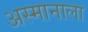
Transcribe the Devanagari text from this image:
अस्मानाला